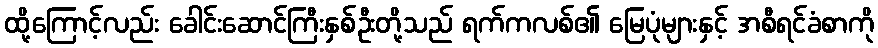
ထို့ကြောင့်လည်း ခေါင်းဆောင်ကြီးနှစ်ဦးတို့သည် ရက်ကလစ်၏ မြေပုံများနှင့် အစီရင်ခံစာကို